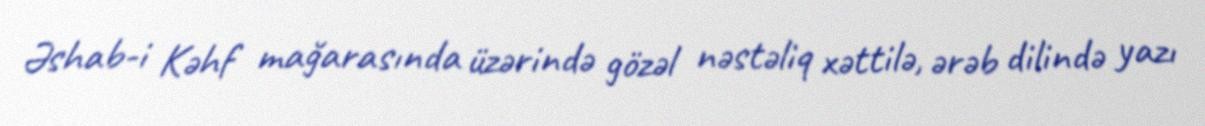
Əshab-i Kəhf mağarasında üzərində gözəl nəstəliq xəttilə, ərəb dilində yazı